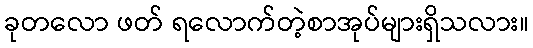
ခုတလော ဖတ် ရလောက်တဲ့စာအုပ်များရှိသလား။